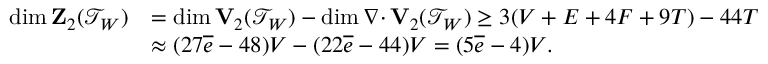
\begin{array} { r l } { \dim { \bf Z } _ { 2 } ( { \mathcal T } _ { { W } } ) } & { = \dim { \bf V } _ { 2 } ( { \mathcal T } _ { { W } } ) - \dim { { \nabla \cdot } \, } { \bf V } _ { 2 } ( { \mathcal T } _ { { W } } ) \geq 3 ( V + E + 4 F + 9 T ) - 4 4 T } \\ & { \approx ( 2 7 \overline { { e } } - 4 8 ) V - ( 2 2 \overline { { e } } - 4 4 ) V = ( 5 \overline { { e } } - 4 ) V . } \end{array}